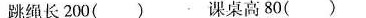
跳绳长200( ) 课桌高80( )